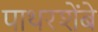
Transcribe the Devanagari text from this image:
पाथरशेंबे